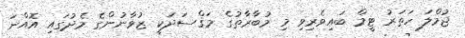
ޖުމްލަ ހަތަރު ޓީމް ބައިވެރިވި މި މުބާރާތުގެ މަޤްސަދަކީ ޒުވާނުންގެ މެދުގައި އޮއްނަ